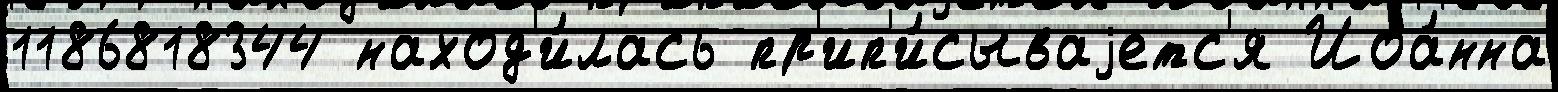
1186818344 наход'и́лась пр'ип'и́сываjетс'я Иоа́нна